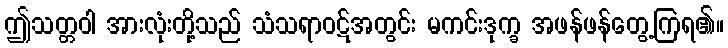
ဤသတ္တဝါ အားလုံးတို့သည် သံသရာဝဋ်အတွင်း မကင်းဒုက္ခ အဖန်ဖန်တွေ့ကြရ၏။